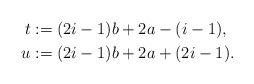
LaTeX: \begin{align*}t & := (2i-1) b + 2 a - (i-1),\\u & := (2i-1) b + 2 a + (2i-1).\end{align*}